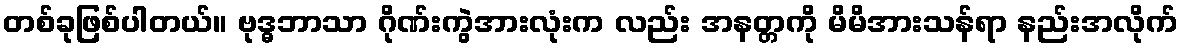
တစ်ခုဖြစ်ပါတယ်။ ဗုဒ္ဓဘာသာ ဂိုဏ်းကွဲအားလုံးက လည်း အနတ္တကို မိမိအားသန်ရာ နည်းအလိုက်